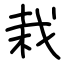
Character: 栽